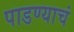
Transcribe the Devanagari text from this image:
पाडण्याचं